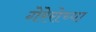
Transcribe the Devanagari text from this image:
गेरेरोच्या